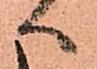
へ